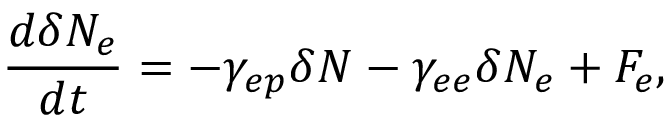
\frac { d \delta N _ { e } } { d t } = - \gamma _ { e p } \delta N _ { } - \gamma _ { e e } \delta N _ { e } + F _ { e } ,